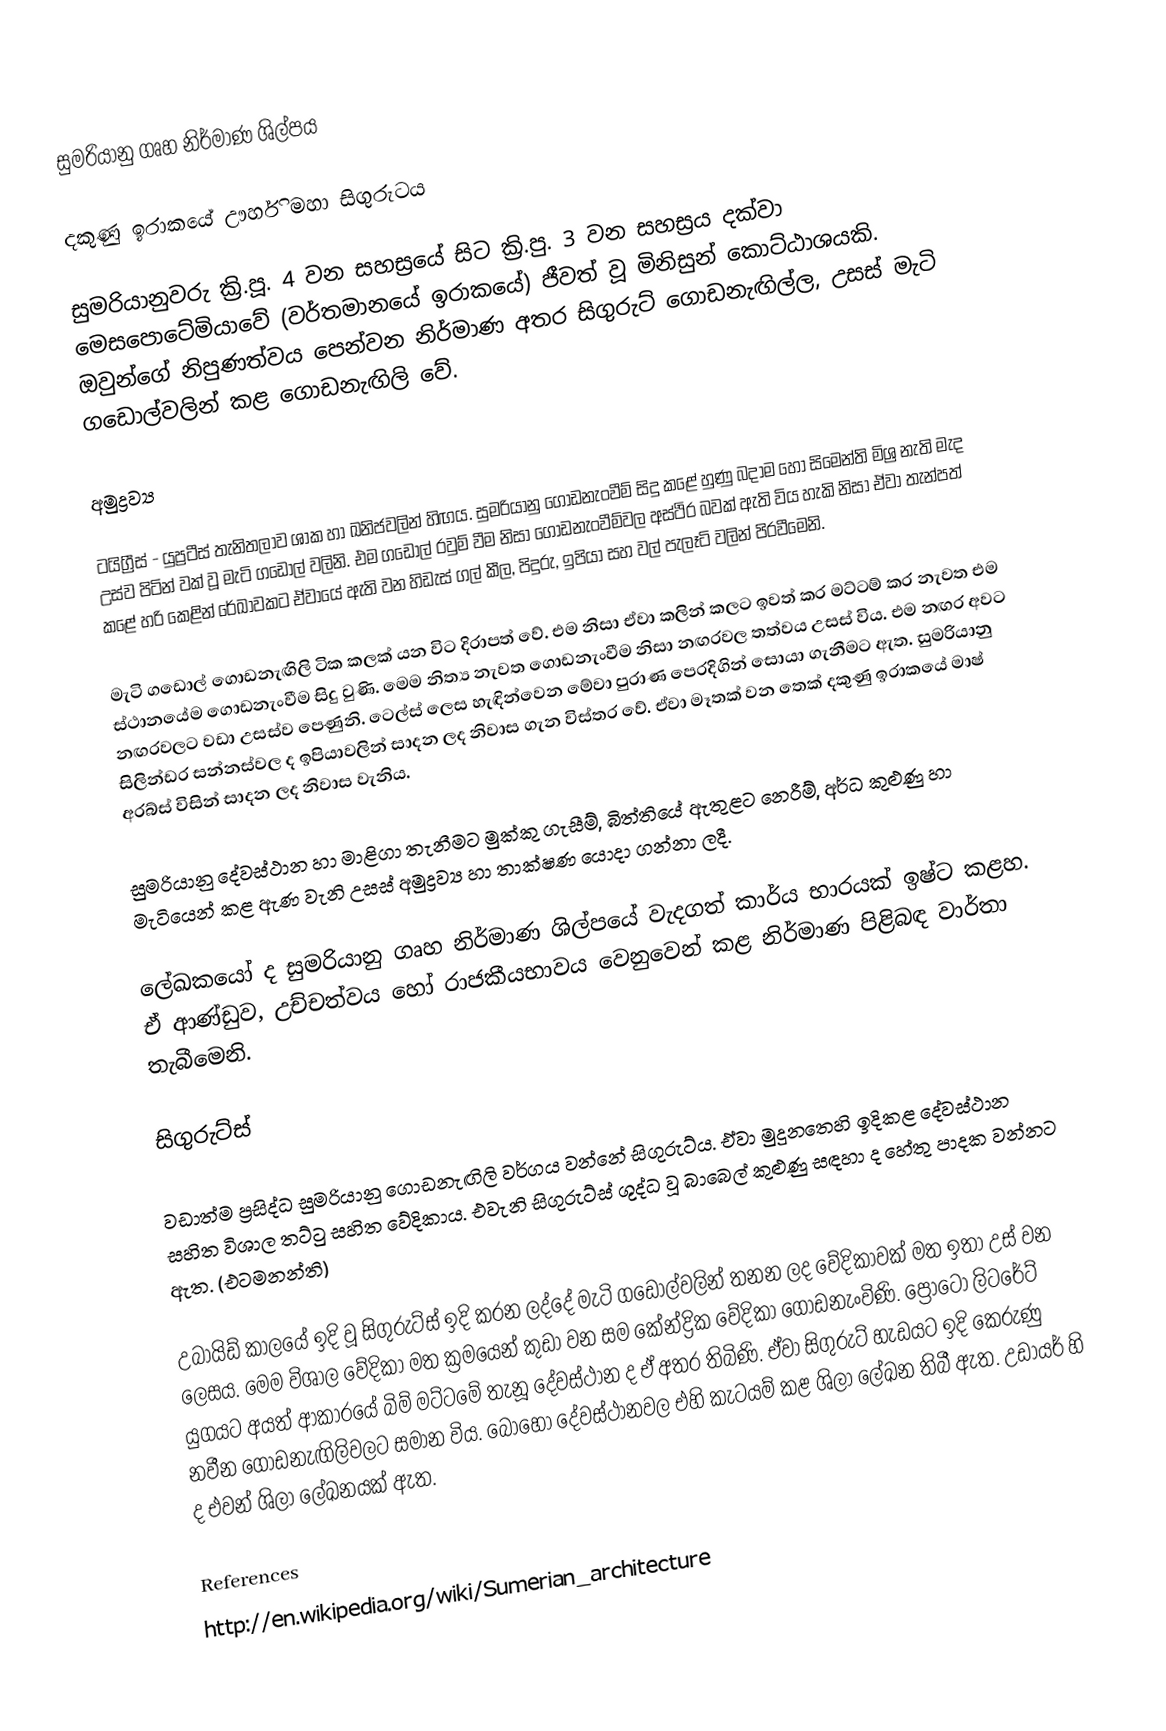
සුමරියානු ගෘහ නිර්මාණ ශිල්පය

දකුණු ඉරාකයේ ඌර්හි මහා සිගුරුටය

සුමරියානුවරු ක්‍රි.පූ. 4 වන සහස්‍රයේ සිට ක්‍රි.පු. 3 වන සහස්‍රය දක්වා මෙසපොටේමියාවේ (වර්තමානයේ ඉරාකයේ) ජීවත් වූ මිනිසුන් ‍කොට්ඨාශයකි. ඔවුන්ගේ නිපුණත්වය පෙන්වන නිර්මාණ අතර සිගුරුට් ගොඩනැඟිල්ල, උසස් මැටි ‍ගඩොල්වලින් කළ ගොඩනැඟිලි ‍වේ.

අමුද්‍රව්‍ය

ටයිග්‍රීස් - යුප්‍රටීස් තැනිතලාව ශාක හා ඛනිජවලින් හිඟය. සුමරියානු ගොඩනැංවීම් සිදු කළේ හුණු බදාම හෝ සිමෙන්ති මිශ්‍ර නැති මැද උස්ව පිටින් වක් වූ මැටි ගඩො‍ල් වලිනි. එම ගඩොල් රවුම් වීම නිසා ගොඩනැංවීම්වල අස්ථිර බවක් ඇති විය හැකි නිසා ඒවා තැන්පත් කළේ හරි කෙළින් රේඛාවකට ඒවායේ ඇති වන හිඩැස් ගල් කීල, පිදුරු, ඉපියා සහ වල් පැලෑටි වලින් පිරවීමෙනි.

මැටි ගඩොල් ගොඩනැඟිලි ටික කලක් යන විට දිරාපත් වේ. එම නිසා ඒවා කලින් කලට ඉවත් කර මට්ටම් කර නැවත එම ස්ථානයේම ගොඩනැංවීම සිදු වුණි. මෙම නිත්‍ය නැවත ගොඩනැංවීම නිසා නඟරවල තත්වය උසස් විය. එම නඟර අවට නඟරවලට වඩා උසස්ව පෙණුනි. ටෙල්ස් ලෙස හැඳින්වෙන මේවා පුරාණ පෙරදිගින් සොයා ගැනීමට ඇත. සුමරියානු සිලින්ඩර සන්නස්වල ද ඉපියාවලින් සාදන ලද නිවාස ගැන විස්තර වේ. ඒවා මෑතක් වන තෙක් දකුණු ඉරාකයේ මාෂ් අරබ්ස් විසින් සාදන ලද නිවාස වැනිය.

සුමරියානු දේවස්ථාන හා මාළිගා තැනීමට මුක්කු ගැසීම්, බිත්තියේ ඇතුළට නෙරීම්, අර්ධ කුළුණු හා මැටියෙන් කළ ඇණ වැනි උසස් අමුද්‍රව්‍ය හා තාක්ෂණ යොදා ගන්නා ලදී.

ලේඛකයෝ ද සුමරියානු ගෘහ නිර්මාණ ශිල්පයේ වැදගත් කාර්ය භාරයක් ඉෂ්ට කළහ. ඒ ආණ්ඩුව, උච්චත්වය හෝ රාජකීයභාවය වෙනුවෙන් කළ නිර්මාණ පිළිබඳ වාර්තා තැබීමෙනි.

සිගුරුට්ස්

වඩාත්ම ප්‍රසිද්ධ සුමරියානු ගොඩනැඟිලි වර්ගය වන්නේ සිගුරුට්ය. ඒවා මුදුනතෙහි ඉදිකළ දේවස්ථාන සහිත විශාල තට්ටු සහිත වේදිකාය. එවැනි සිගුරුට්ස් ශුද්ධ වූ බාබෙල් කුළුණු සඳහා ද හේතු පාදක වන්නට ඇත. (එටමනන්ති)

උබායිඩ් කාලයේ ඉදි වූ සිගුරුට්ස් ඉදි කරන ලද්දේ මැටි ගඩොල්වලින් තනන ලද වේදිකාවක් මත ඉතා උස් වන ලෙසය. මෙම විශාල වේදිකා මත ක්‍රමයෙන් කුඩා වන සම කේන්ද්‍රික වේදිකා ගොඩනැංවිණි. ප්‍රොටෝ ලිටරේට් යුගයට අයත් ආකාරයේ බිම් මට්ට‍මේ තැනූ දේවස්ථාන ද ඒ අතර තිබිණි. ඒවා සිගුරුට් හැඩයට ඉදි කෙරුණු නවීන ගොඩනැඟිලිවලට සමාන විය. බොහෝ දේවස්ථානවල එහි කැටයම් කළ ශිලා ලේඛන තිබී ඇත. උඩායර් හි ද එවන් ශිලා ලේඛනයක් ඇත.

References
http://en.wikipedia.org/wiki/Sumerian_architecture